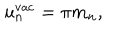
LaTeX: u _ { n } ^ { \mathrm { v a c } } = \pi m _ { n } ,